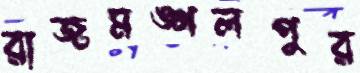
রাজমঙ্গলপুর